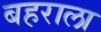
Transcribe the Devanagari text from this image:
बहराला